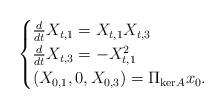
LaTeX: \begin{align*} \begin{cases}\frac{d}{dt}X_{t,1}= X_{t,1}X_{t,3} \\ \frac{d}{dt}X_{t,3} = -X_{t,1}^2 \\ (X_{0,1},0,X_{0,3}) = \Pi_{\mathrm{ker}A} x_0.\end{cases}\end{align*}